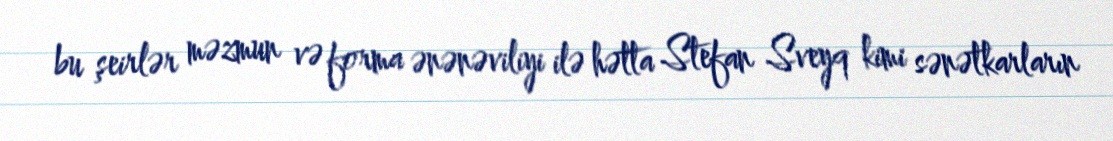
bu şeirlər məzmun və forma ənənəviliyi ilə hətta Stefan Sveyq kimi sənətkarların